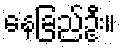
နေခြည်ဦး။